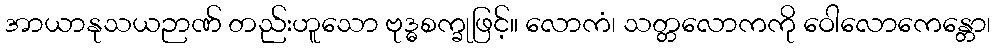
အာယာနုသယဉာဏ် တည်းဟူသော ဗုဒ္ဓစက္ခုဖြင့်။ လောကံ၊ သတ္တလောကကို ဝေါလောကေန္တော၊